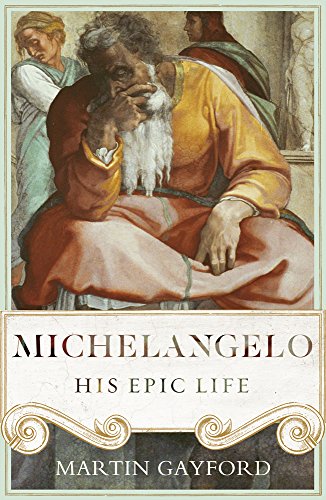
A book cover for Michelangelo: His Epic Life; Martin Gayford; Biographies & Memoirs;